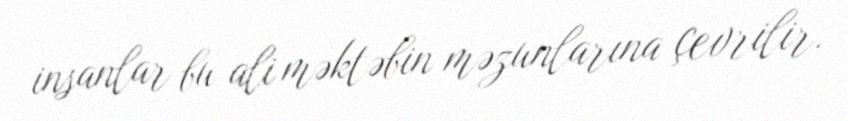
insanlar bu ali məktəbin məzunlarına çevrilir.